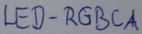
Text: LED-RGBCA